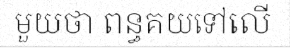
មួយថា ពន្ធគយទៅលើ